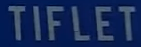
TIFLET